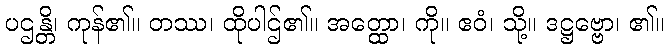
ပဌန္တိ၊ ကုန်၏။ တဿ၊ ထိုပါဌ်၏။ အတ္ထော၊ ကို။ ဧဝံ၊ သို့။ ဒဋ္ဌဗ္ဗော၊ ၏။